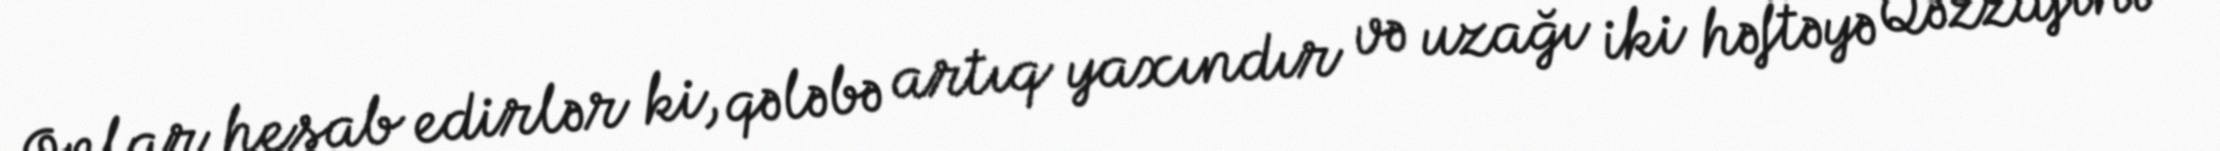
Onlar hesab edirlər ki, qələbə artıq yaxındır və uzağı iki həftəyə Qəzzafini